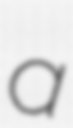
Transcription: a